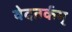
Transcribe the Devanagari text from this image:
वेदतर्कम्